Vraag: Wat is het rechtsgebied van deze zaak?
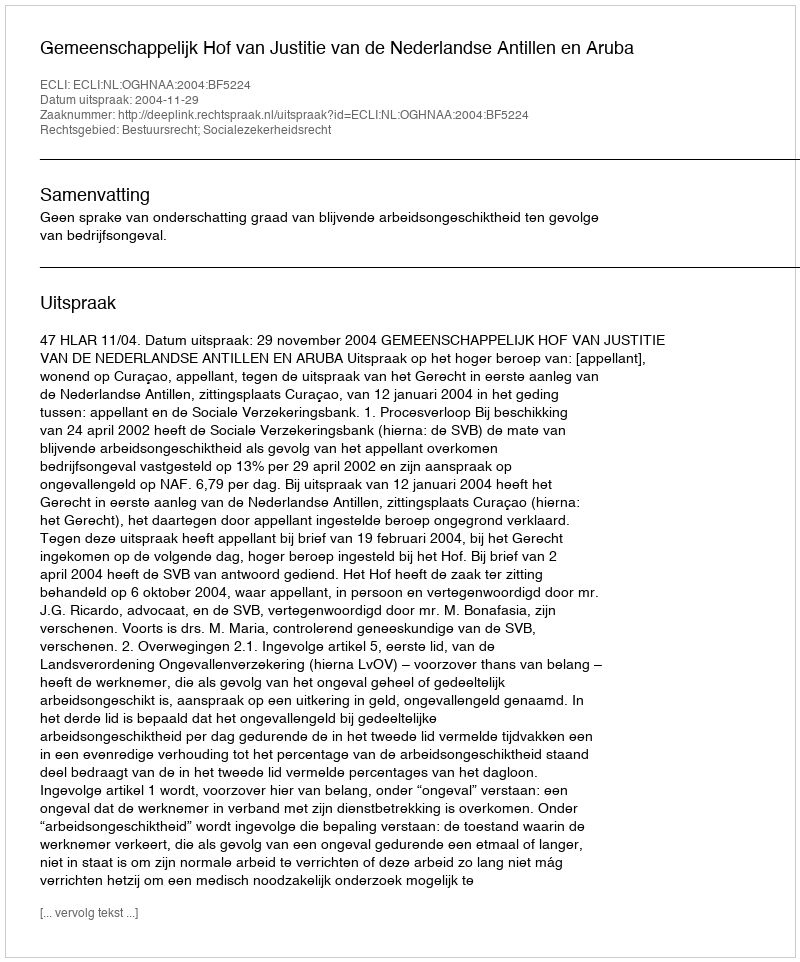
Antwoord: Bestuursrecht; Socialezekerheidsrecht